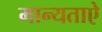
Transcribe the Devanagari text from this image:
मान्यताऐ